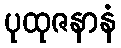
ပုထုဇနာနံ